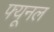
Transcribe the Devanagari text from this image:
फ्यूनल